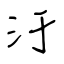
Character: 汙